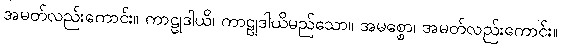
အမတ်လည်းကောင်း။ ကာဠုဒါယိ၊ ကာဠုဒါယိမည်သော။ အမစ္စော၊ အမတ်လည်းကောင်း။